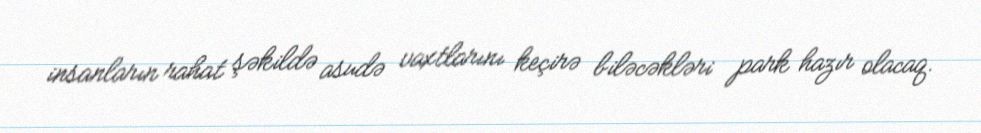
insanların rahat şəkildə asudə vaxtlarını keçirə biləcəkləri park hazır olacaq.